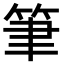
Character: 筆